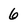
Character: 6